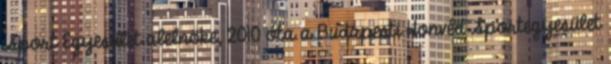
Sport Egyesület alelnöke, 2010 óta a Budapesti Honvéd Sportegyesület